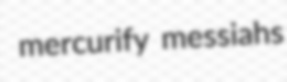
mercurify messiahs